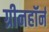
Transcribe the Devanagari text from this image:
ग्रीनहॉर्न